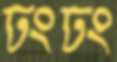
ঢংঢং